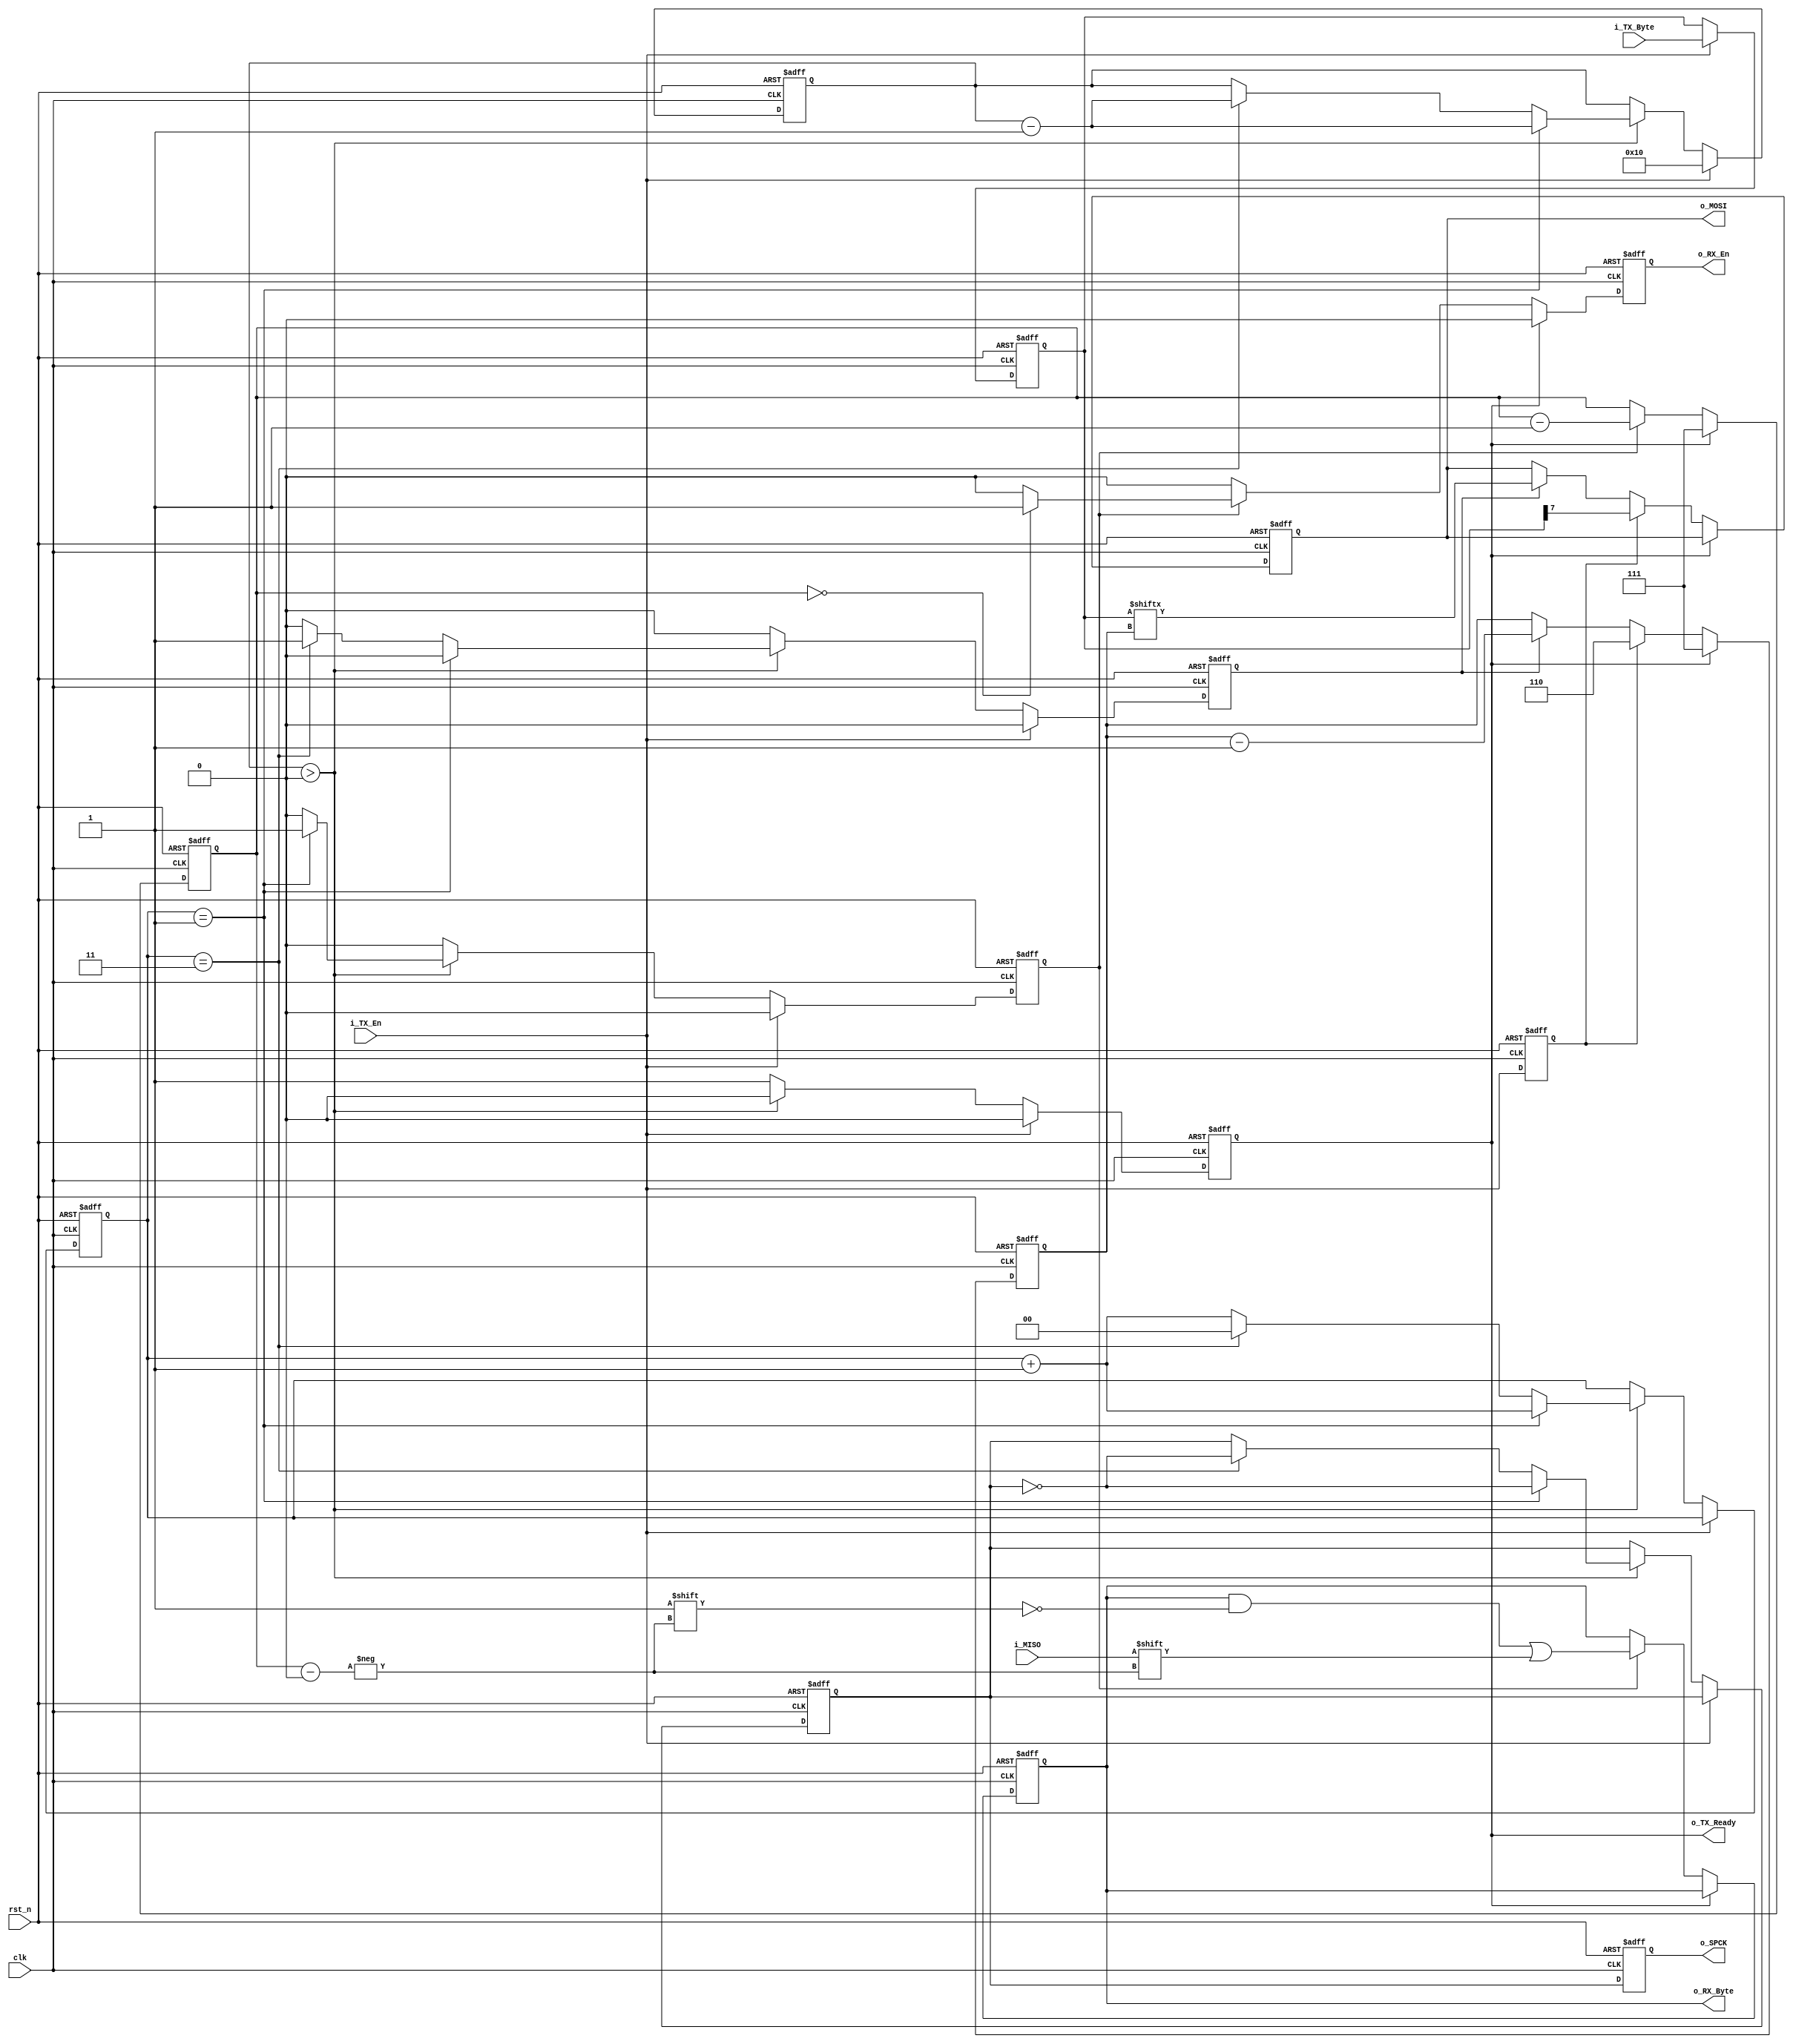
// SPI Master base block (without CS_n)
//
/////////////////////////////////////////////////
//	SPI_MODE	|		CPOL	|		CPHA 
//		0		|		0		|		0	
//		1		|		0		|		1
//		2		|		1		|		0
//		3		|		1		|		1
/////////////////////////////////////////////////
module SPI_Master_Base
	
	#(	
	// Parameters
	parameter SPI_MODE = 0,
	parameter CLKS_PER_HALF_BIT = 2)	// SPCK = CLK/(2*CLK_PER_HALF_BIT)
	
	(	
	// FPGA Signals
	input clk, 
	input rst_n, 
	
	// SPI MOSI Signals
	input [7:0] i_TX_Byte,			// Byte to transmit
	input 		i_TX_En,			// Pulse for transmit 
	output reg	o_TX_Ready,			// Ready to transmit next byte
	
	// SPI MISO Signals	
	output reg [7:0] 	o_RX_Byte,		// Received byte from i_MISO
	output reg 			o_RX_En,		// Pulse then byte completed


	// SPI Interface
	output reg 	o_MOSI,				// MOSI output
	output reg 	o_SPCK,				// SPI Clock  
	input 		i_MISO
	);

	wire w_CPOL;						// SPCK polarity
	wire w_CPHA;						// SPCK phase 
	
	reg [$clog2(CLKS_PER_HALF_BIT*2)-1:0] r_SPCK_Count;
	reg [4:0] r_SPCK_Edges;				
	reg [2:0] r_TX_Bit_Count;
	reg [2:0] r_RX_Bit_Count;
	reg [7:0] r_TX_Byte;
	reg	r_Leading_Edge;
	reg r_Trailing_Edge;
	reg r_SPCK;
	reg r_TX_En;
	
    
	assign w_CPOL = (SPI_MODE == 2)|(SPI_MODE == 3);
	assign w_CPHA = (SPI_MODE == 1)|(SPI_MODE == 3);

	// Generation of SPCK
	always @(posedge clk or negedge rst_n)
	begin
		if (!rst_n) 
		begin
			o_TX_Ready 		<= 1'b0;
			r_SPCK_Edges 	<= 0;
			r_Leading_Edge  <= 1'b0;
     		r_Trailing_Edge <= 1'b0;
      		r_SPCK	       	<= w_CPOL;
      		r_SPCK_Count 	<= 0;
		end
		else 
		begin
			r_Leading_Edge  	<= 1'b0;
     		r_Trailing_Edge 	<= 1'b0;
			
			if (i_TX_En)
			begin	
				o_TX_Ready 		<= 1'b0;
				r_SPCK_Edges	<= 16;			
			end
			else if (r_SPCK_Edges > 0)
			begin
				o_TX_Ready 			<= 1'b0;
				
				if (r_SPCK_Count == CLKS_PER_HALF_BIT - 1)			// Half of bit
				begin
					r_SPCK_Edges 		<= r_SPCK_Edges - 1'b1;
					r_Leading_Edge 	<= 1'b1;							
					r_SPCK_Count 		<= r_SPCK_Count + 1'b1;
					r_SPCK 				<= ~r_SPCK;	
				end
				else if (r_SPCK_Count == 2*CLKS_PER_HALF_BIT - 1)	// Full bit
				begin
					r_SPCK_Edges 		<= r_SPCK_Edges - 1'b1;
					r_Trailing_Edge		<= 1'b1;							
					r_SPCK_Count 		<= 0;
					r_SPCK 				<= ~r_SPCK;	
				end
				else
				begin
					r_SPCK_Count 		<= r_SPCK_Count + 1'b1;	
				end
			end					
			else 
			begin
				o_TX_Ready			<= 1'b1;
			end
		end	
	end		

	// Fix input i_TX_Byte then i_TX_En is coming
	always @(posedge clk or negedge rst_n)	
	begin
		if (!rst_n)
		begin	
			r_TX_Byte	<= 8'h00;
			r_TX_En		<= 1'b0;				 		 		
		end
		else
		begin
			r_TX_En <= i_TX_En;
			if (i_TX_En)
			begin
				r_TX_Byte <= i_TX_Byte;
			end	 
		end
	end

	// Generate MOSI data
	always @(posedge clk or negedge rst_n)
	begin
		if (!rst_n)
		begin
			r_TX_Bit_Count 	<= 3'b111;		// MSB first
			o_MOSI 			<= 1'b0;
		end	
		else
		begin
			if (o_TX_Ready)
			begin
				r_TX_Bit_Count 	<= 3'b111;
			end
			else if (r_TX_En & ~ w_CPHA)		// first bit then CPHA = 0  
			begin
				o_MOSI 			<= r_TX_Byte[3'b111];
				r_TX_Bit_Count 	<= 3'b110;
			end
			else if ((r_Leading_Edge & w_CPHA) | (r_Trailing_Edge & ~ w_CPHA)) 
			begin
				o_MOSI 			<= r_TX_Byte[r_TX_Bit_Count];
				r_TX_Bit_Count 	<= r_TX_Bit_Count - 1'b1;	
			end
		end
	end

	// Receive data from i_MISO
	always @(posedge clk or negedge rst_n)
	begin
		if (!rst_n)
		begin
			o_RX_Byte		<= 8'h00;
			r_RX_Bit_Count 	<= 3'b111;
			o_RX_En			<= 1'b0;
		end
		else
		begin
			o_RX_En	<= 1'b0;
			
			if (o_TX_Ready)
			begin
				r_RX_Bit_Count 	<= 3'b111;
			end
			else if ((r_Leading_Edge & ~ w_CPHA) | (r_Trailing_Edge & w_CPHA))
			begin
				o_RX_Byte[r_RX_Bit_Count] 	<= i_MISO;
				r_RX_Bit_Count 				<= r_RX_Bit_Count - 1'b1;
				if (r_RX_Bit_Count == 0)
				begin
					o_RX_En <= 1'b1;
				end
			end
		end
	end


	// SPCK Delay adjustment
	always @(posedge clk or negedge rst_n)
	begin
	if (!rst_n)
		begin
			o_SPCK <= w_CPOL;	
		end
	else
		begin
			o_SPCK <= r_SPCK;
		end
	end

endmodule